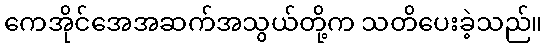
ကေအိုင်အေအဆက်အသွယ်တို့က သတိပေးခဲ့သည်။